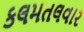
કલમતલવાર